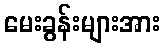
မေးခွန်းများအား